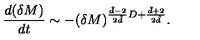
\frac { d ( \delta M ) } { d t } \sim - ( \delta M ) ^ { \frac { \tilde { d } - 2 } { 2 \tilde { d } } D + \frac { \tilde { d } + 2 } { 2 \tilde { d } } } .